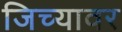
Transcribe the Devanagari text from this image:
जिच्यावर